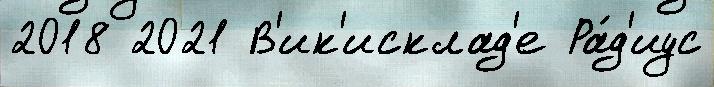
2018 2021 В'ик'исклад'е Ра́д'иус